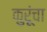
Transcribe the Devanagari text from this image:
कुरूंचा